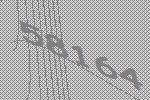
58164